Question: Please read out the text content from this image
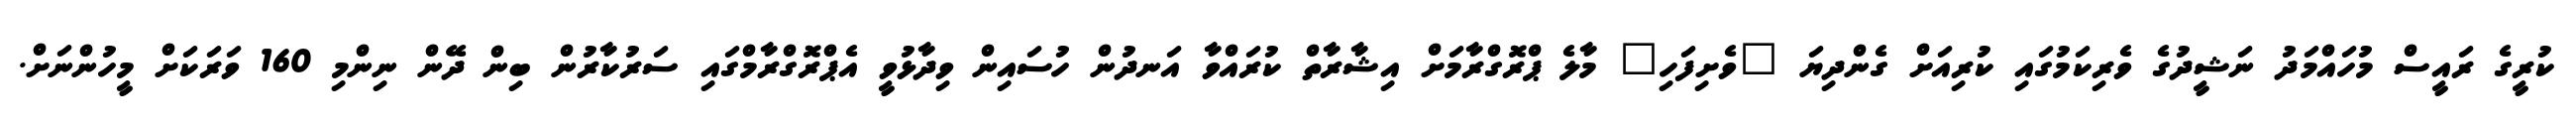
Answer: ކުރީގެ ރައީސް މުހައްމަދު ނަޝީދުގެ ވެރިކަމުގައި ކުރިއަށް ގެންދިޔަ "ވެށިފަހި" މާލެ ޕްރޮގްރާމަށް އިޝާރާތް ކުރައްވާ އަނދުން ހުސައިން ވިދާޅުވީ އެޕްރޮގްރާމްގައި ސަރުކާރުން ބިން ދޭން ނިންމި 160 ވަރަކަށް މީހުންނަށް.